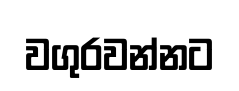
වගුරවන්නට